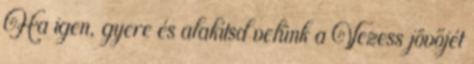
Ha igen, gyere és alakítsd velünk a Vezess jövőjét